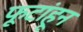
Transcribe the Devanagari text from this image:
फूटांहून